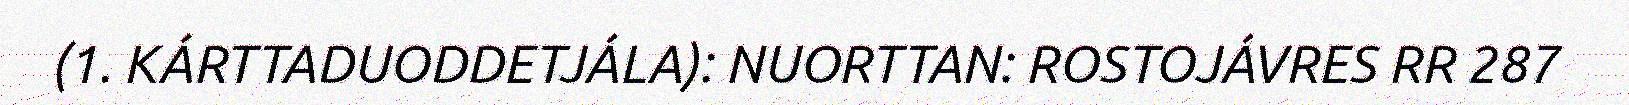
(1. KÁRTTADUODDETJÁLA): NUORTTAN: ROSTOJÁVRES RR 287